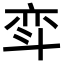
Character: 𫿳